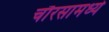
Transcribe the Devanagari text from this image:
चौरसामध्ये